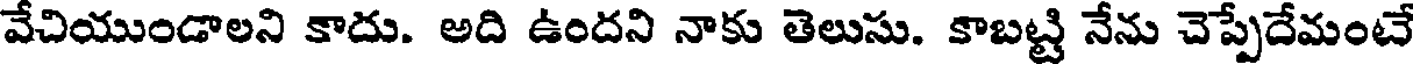
వేచియుండాలని కాదు. అది ఉందని నాకు తెలుసు. కాబట్టి నేను చెప్పేదేమంటే